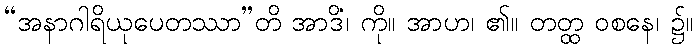
“အနာဂါရိယုပေတဿာ”တိ အာဒိံ၊ ကို။ အာဟ၊ ၏။ တတ္ထ ဝစနေ၊ ၌။